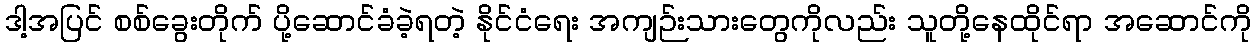
ဒါ့အပြင် စစ်ခွေးတိုက် ပို့ဆောင်ခံခဲ့ရတဲ့ နိုင်ငံရေး အကျဉ်းသားတွေကိုလည်း သူတို့နေထိုင်ရာ အဆောင်ကို